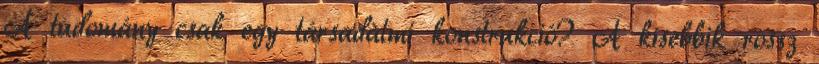
A tudomány csak egy társadalmi konstrukció? A kisebbik rossz